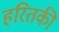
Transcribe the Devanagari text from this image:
हरितकी